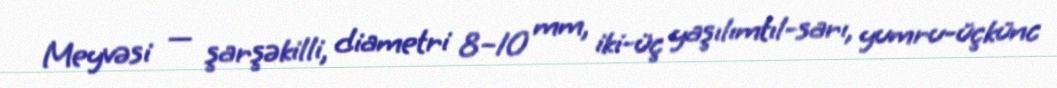
Meyvəsi — şarşəkilli, diametri 8–10 mm, iki-üç yaşılımtıl-sarı, yumru-üçkünc